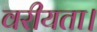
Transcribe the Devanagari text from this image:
वरीयता।